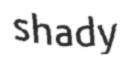
shady